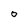
Character: O